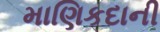
માણિકદાની